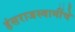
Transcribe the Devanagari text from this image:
हंसराजस्वामींचे